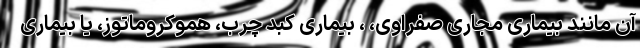
آن مانند بیماری مجاری صفراوی، ، بیماری کبد چرب، هموکروماتوز، یا بیماری